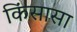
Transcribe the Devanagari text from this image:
किंसासा